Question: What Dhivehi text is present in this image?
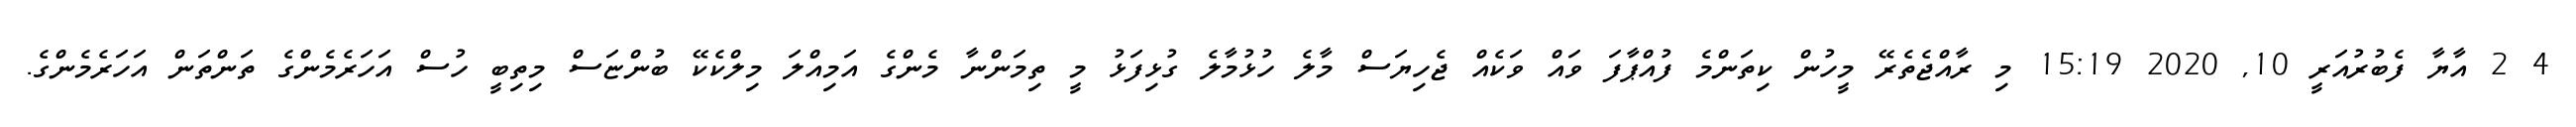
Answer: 4 2 އާޔާ ފެބުރުއަރީ 10, 2020 15:19 މި ރާއްޖެތެރޭ މީހުން ކިތަންމެ ފުއްޕާފަ ވައް ވަކެއް ޖެހިޔަސް މާލެ ހުޅުމާލެ ގުޅިފަޅު މީ ތިމަންނާ މެންގެ އަމިއްލަ މިލްކެކޭ ބުންޏަސް މިތިބީ ހުސް އަހަރެމެންގެ ތަންތަން އަހަރެމެންގެ.